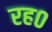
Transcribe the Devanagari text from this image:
रह०